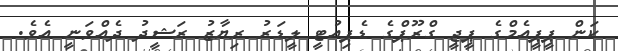
ކަން ޕީޕީއެމްގެ ޕީޖީ ގްރޫޕްގެ ޑެޕިއުޓީ ލީޑަރު ރިޔާޒު ރަޝީދު ދެއްވަނީ އެވެ.